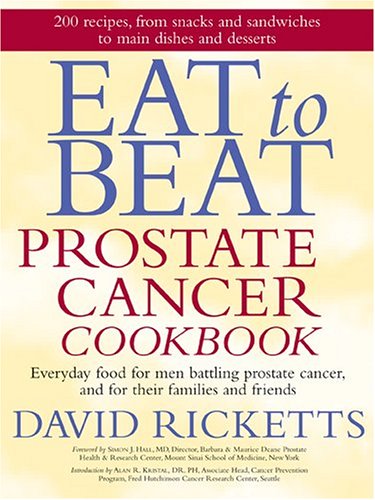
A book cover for Eat to Beat Prostate Cancer Cookbook: Everyday Food for Men Battling Prostate Cancer, and for Their Families and Friends; David Ricketts; Cookbooks, Food & Wine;